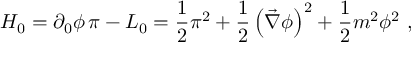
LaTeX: { \cal H } _ { 0 } = \partial _ { 0 } \phi \, \pi - { \cal L } _ { 0 } = \frac { 1 } { 2 } \pi ^ { 2 } + \frac { 1 } { 2 } \left( \vec { \nabla } \phi \right) ^ { 2 } + \frac { 1 } { 2 } m ^ { 2 } \phi ^ { 2 } \ ,